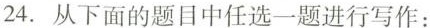
24. 从下面的题目中任选一题进行写作：